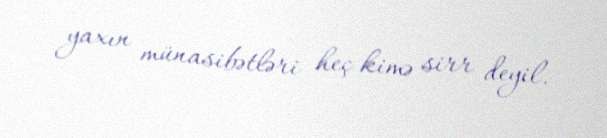
yaxın münasibətləri heç kimə sirr deyil.